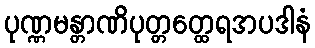
ပုဏ္ဏမန္တာဏိပုတ္တတ္ထေရအပဒါနံ